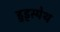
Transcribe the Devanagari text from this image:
हुड्स्पेथ